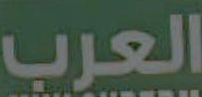
العرب